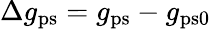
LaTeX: \Delta g_{\mathrm{ps}}=g_{\mathrm{ps}}-g_{\mathrm{ps0}}